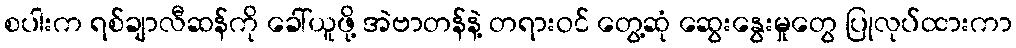
စပါးက ရစ်ချာလီဆန်ကို ခေါ်ယူဖို့ အဲဗာတန်နဲ့ တရားဝင် တွေ့ဆုံ ဆွေးနွေးမှုတွေ ပြုလုပ်ထားကာ